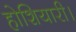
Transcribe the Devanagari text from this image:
होशियारी।